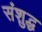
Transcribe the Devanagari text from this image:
संशुद्ध